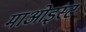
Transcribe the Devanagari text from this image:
माओइस्ट